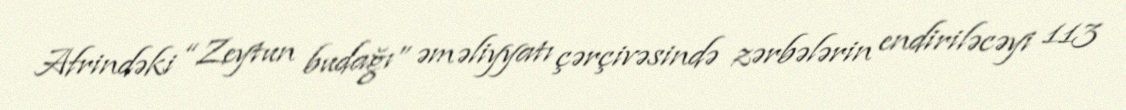
Afrindəki “Zeytun budağı” əməliyyatı çərçivəsində zərbələrin endiriləcəyi 113